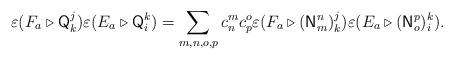
LaTeX: \begin{align*}\varepsilon(F_{a}\triangleright\mathsf{Q}_{k}^{j})\varepsilon(E_{a}\triangleright\mathsf{Q}_{i}^{k})=\sum_{m,n,o,p}c_{n}^{m}c_{p}^{o}\varepsilon(F_{a}\triangleright(\mathsf{N}_{m}^{n})_{k}^{j})\varepsilon(E_{a}\triangleright(\mathsf{N}_{o}^{p})_{i}^{k}).\end{align*}